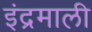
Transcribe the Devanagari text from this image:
इंद्रमाली